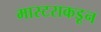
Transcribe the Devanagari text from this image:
मास्टराकडून